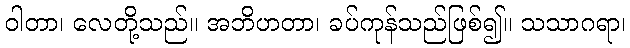
ဝါတာ၊ လေတို့သည်။ အဘိဟတာ၊ ခပ်ကုန်သည်ဖြစ်၍။ သသာဂရာ၊